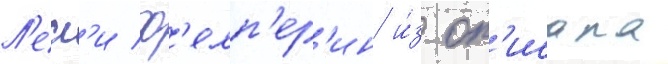
Л'есл'и ф'елп'ер'ин и́з оп'исала